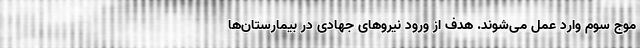
موج سوم وارد عمل می‌شوند. هدف از ورود نیروهای جهادی در بیمارستان‌ها